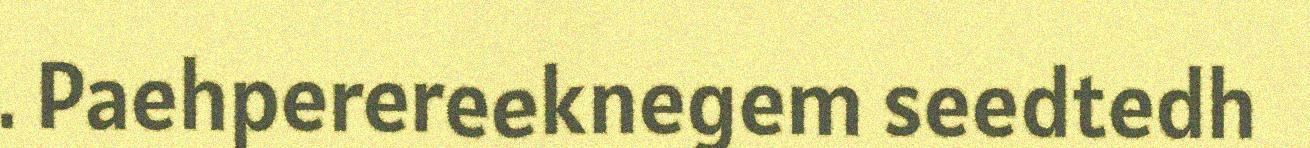
. Paehperereeknegem seedtedh